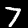
Digit: 7